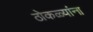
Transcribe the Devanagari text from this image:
ठोकळ्यांना